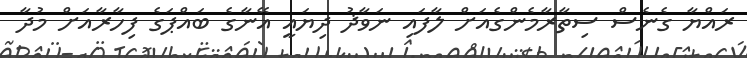
ރައްޔާ ގެނެސް ސިތާރާމެންގެއަށް ލާފައި ނަވާޛު ދިޔައީ އޭނާގެ ބައްޕަގެ ފިހާރާއަށް މުދާ